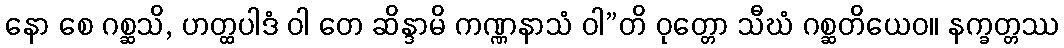
နော စေ ဂစ္ဆသိ, ဟတ္ထပါဒံ ဝါ တေ ဆိန္ဒာမိ ကဏ္ဏနာသံ ဝါ”တိ ဝုတ္တော သီဃံ ဂစ္ဆတိယေဝ။ နက္ခတ္တဿ